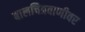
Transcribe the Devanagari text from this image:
बालचित्रवाणीवर